Reports on military cantonments and civil stations in the Presidency of Bombay inspected by the Sanitary Commissioner in the years 1875 and 1876
Year: 1875
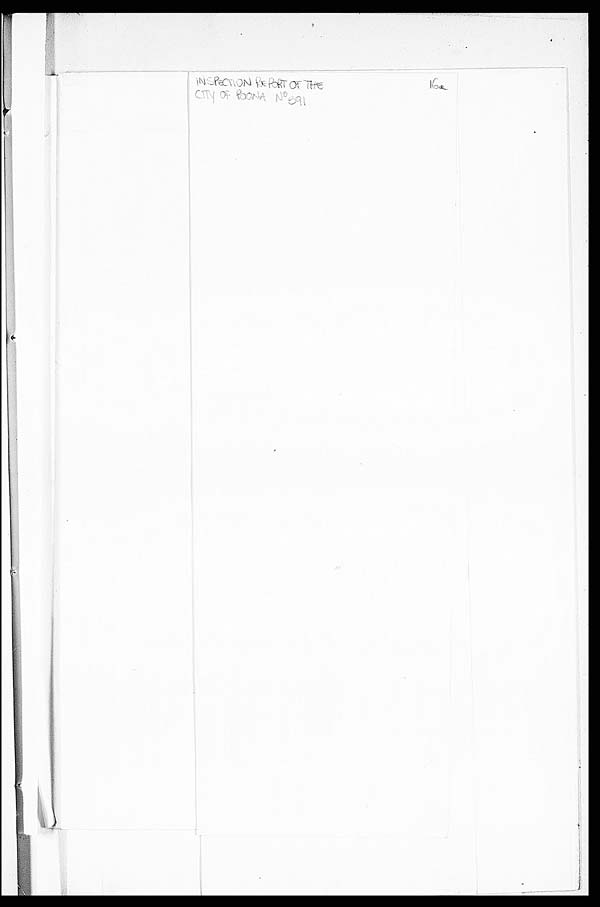
C I T Y O F P O O N A N o 5 9 1 1 6 0